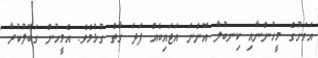
އަވަށުގެ މީހުންނާއި ކިނބުލާ އޮންނަ އަޖައިބެއް ފަދަ ގާތް ގުޅުމެވެ. އެމީހުން ގަބޫލުކުރާ